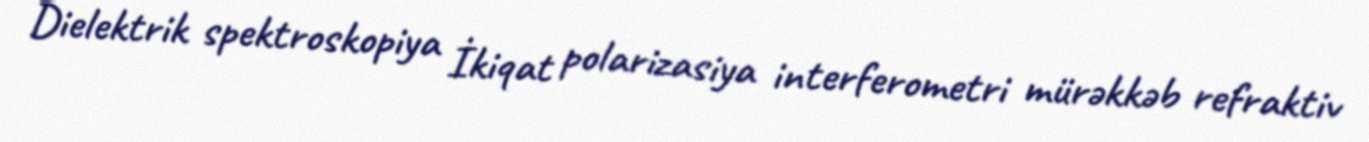
Dielektrik spektroskopiya İkiqat polarizasiya interferometri mürəkkəb refraktiv